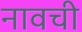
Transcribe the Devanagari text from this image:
नावची